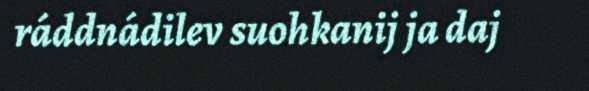
ráddnádilev suohkanij ja daj